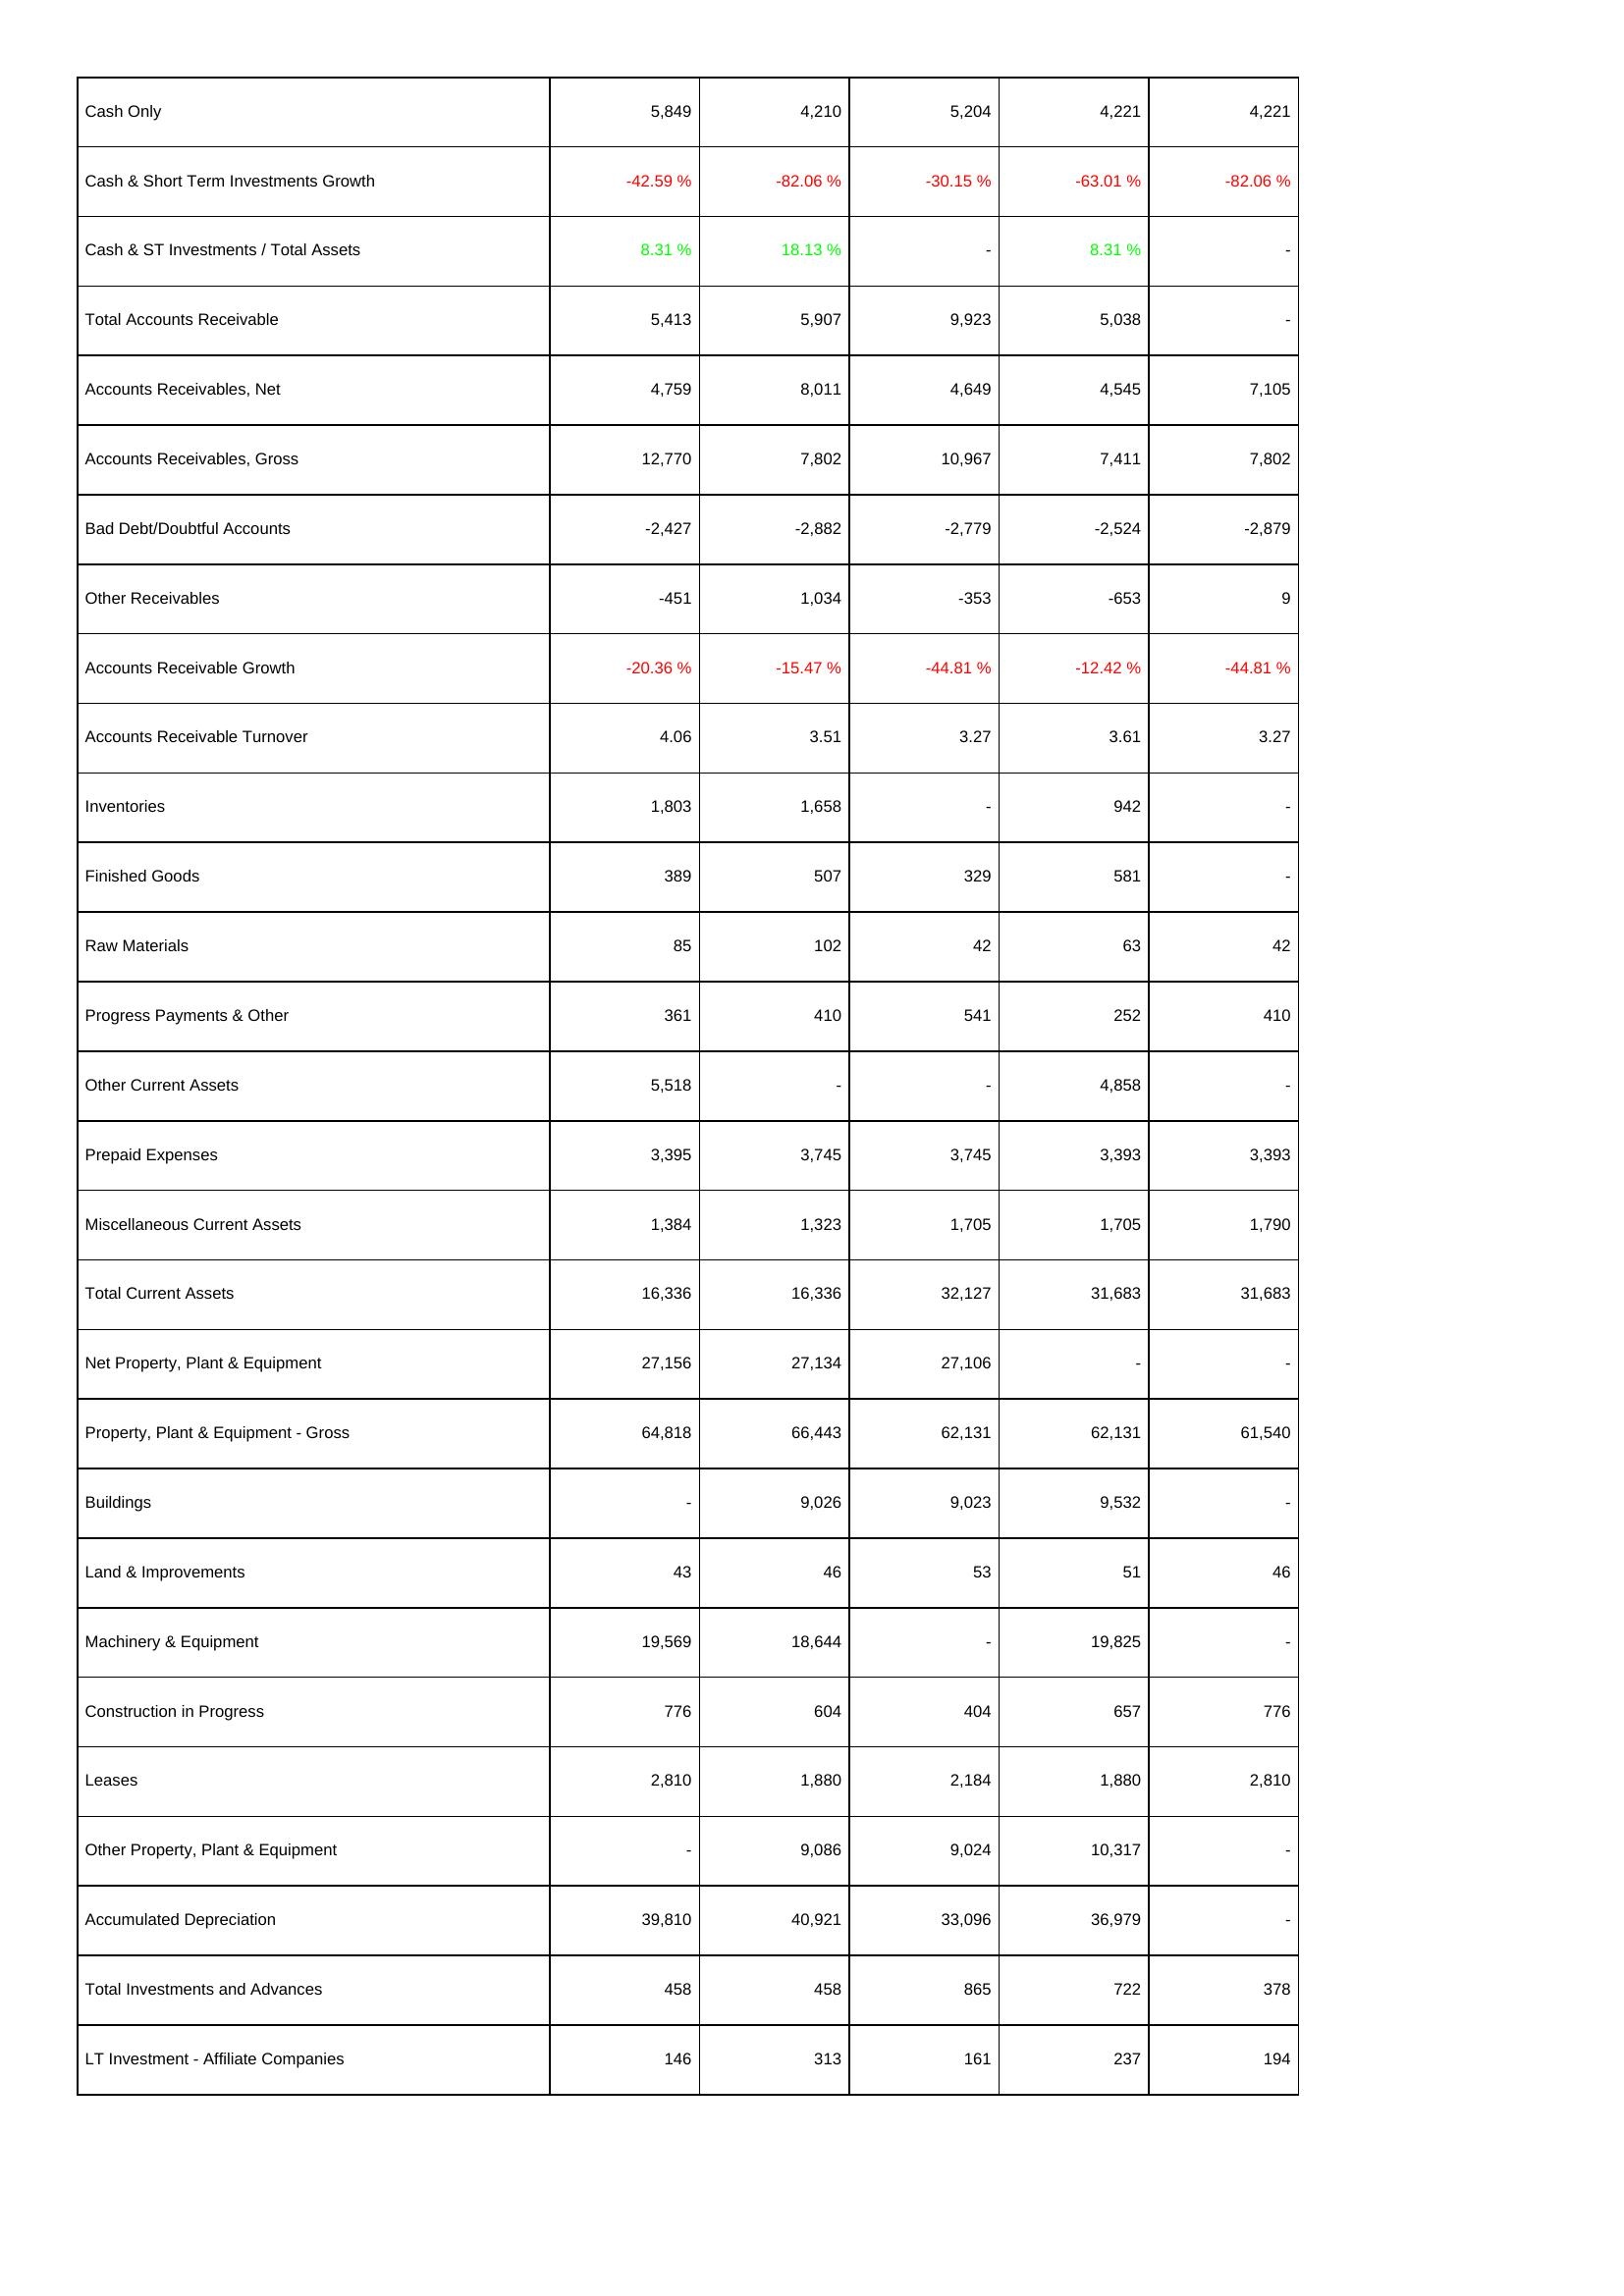
2006: Assets: Cash Only: 5,849
Cash & Short Term Investments Growth: -42.59 %
Cash & ST Investments / Total Assets: 8.31 %
Total Accounts Receivable: 5,413
Accounts Receivables, Net: 4,759
Accounts Receivables, Gross: 12,770
Bad Debt/Doubtful Accounts: -2,427
Other Receivables: -451
Accounts Receivable Growth: -20.36 %
Accounts Receivable Turnover: 4.06
Inventories: 1,803
Finished Goods: 389
Raw Materials: 85
Progress Payments & Other: 361
Other Current Assets: 5,518
Prepaid Expenses: 3,395
Miscellaneous Current Assets: 1,384
Total Current Assets: 16,336
Net Property, Plant & Equipment: 27,156
Property, Plant & Equipment - Gross: 64,818
Buildings: -
Land & Improvements: 43
Machinery & Equipment: 19,569
Construction in Progress: 776
Leases: 2,810
Other Property, Plant & Equipment: -
Accumulated Depreciation: 39,810
Total Investments and Advances: 458
LT Investment - Affiliate Companies: 146
2007: Assets: Cash Only: 4,210
Cash & Short Term Investments Growth: -82.06 %
Cash & ST Investments / Total Assets: 18.13 %
Total Accounts Receivable: 5,907
Accounts Receivables, Net: 8,011
Accounts Receivables, Gross: 7,802
Bad Debt/Doubtful Accounts: -2,882
Other Receivables: 1,034
Accounts Receivable Growth: -15.47 %
Accounts Receivable Turnover: 3.51
Inventories: 1,658
Finished Goods: 507
Raw Materials: 102
Progress Payments & Other: 410
Other Current Assets: -
Prepaid Expenses: 3,745
Miscellaneous Current Assets: 1,323
Total Current Assets: 16,336
Net Property, Plant & Equipment: 27,134
Property, Plant & Equipment - Gross: 66,443
Buildings: 9,026
Land & Improvements: 46
Machinery & Equipment: 18,644
Construction in Progress: 604
Leases: 1,880
Other Property, Plant & Equipment: 9,086
Accumulated Depreciation: 40,921
Total Investments and Advances: 458
LT Investment - Affiliate Companies: 313
2008: Assets: Cash Only: 5,204
Cash & Short Term Investments Growth: -30.15 %
Cash & ST Investments / Total Assets: -
Total Accounts Receivable: 9,923
Accounts Receivables, Net: 4,649
Accounts Receivables, Gross: 10,967
Bad Debt/Doubtful Accounts: -2,779
Other Receivables: -353
Accounts Receivable Growth: -44.81 %
Accounts Receivable Turnover: 3.27
Inventories: -
Finished Goods: 329
Raw Materials: 42
Progress Payments & Other: 541
Other Current Assets: -
Prepaid Expenses: 3,745
Miscellaneous Current Assets: 1,705
Total Current Assets: 32,127
Net Property, Plant & Equipment: 27,106
Property, Plant & Equipment - Gross: 62,131
Buildings: 9,023
Land & Improvements: 53
Machinery & Equipment: -
Construction in Progress: 404
Leases: 2,184
Other Property, Plant & Equipment: 9,024
Accumulated Depreciation: 33,096
Total Investments and Advances: 865
LT Investment - Affiliate Companies: 161
2009: Assets: Cash Only: 4,221
Cash & Short Term Investments Growth: -63.01 %
Cash & ST Investments / Total Assets: 8.31 %
Total Accounts Receivable: 5,038
Accounts Receivables, Net: 4,545
Accounts Receivables, Gross: 7,411
Bad Debt/Doubtful Accounts: -2,524
Other Receivables: -653
Accounts Receivable Growth: -12.42 %
Accounts Receivable Turnover: 3.61
Inventories: 942
Finished Goods: 581
Raw Materials: 63
Progress Payments & Other: 252
Other Current Assets: 4,858
Prepaid Expenses: 3,393
Miscellaneous Current Assets: 1,705
Total Current Assets: 31,683
Net Property, Plant & Equipment: -
Property, Plant & Equipment - Gross: 62,131
Buildings: 9,532
Land & Improvements: 51
Machinery & Equipment: 19,825
Construction in Progress: 657
Leases: 1,880
Other Property, Plant & Equipment: 10,317
Accumulated Depreciation: 36,979
Total Investments and Advances: 722
LT Investment - Affiliate Companies: 237
2010: Assets: Cash Only: 4,221
Cash & Short Term Investments Growth: -82.06 %
Cash & ST Investments / Total Assets: -
Total Accounts Receivable: -
Accounts Receivables, Net: 7,105
Accounts Receivables, Gross: 7,802
Bad Debt/Doubtful Accounts: -2,879
Other Receivables: 9
Accounts Receivable Growth: -44.81 %
Accounts Receivable Turnover: 3.27
Inventories: -
Finished Goods: -
Raw Materials: 42
Progress Payments & Other: 410
Other Current Assets: -
Prepaid Expenses: 3,393
Miscellaneous Current Assets: 1,790
Total Current Assets: 31,683
Net Property, Plant & Equipment: -
Property, Plant & Equipment - Gross: 61,540
Buildings: -
Land & Improvements: 46
Machinery & Equipment: -
Construction in Progress: 776
Leases: 2,810
Other Property, Plant & Equipment: -
Accumulated Depreciation: -
Total Investments and Advances: 378
LT Investment - Affiliate Companies: 194